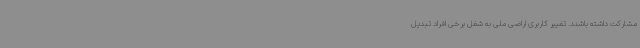
مشارکت داشته باشند. تغییر کاربری اراضی ملی به شغل برخی افراد تبدیل